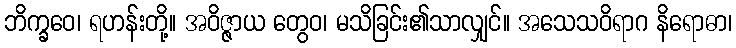
ဘိက္ခဝေ၊ ရဟန်းတို့။ အဝိဇ္ဇာယ တွေဝ၊ မသိခြင်း၏သာလျှင်။ အသေသဝိရာဂ နိရောဓာ၊